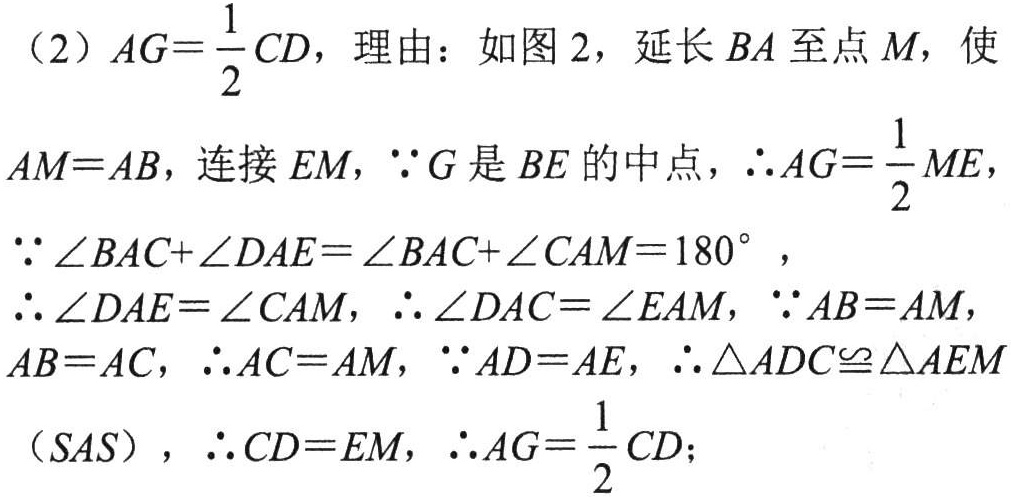
（2）$AG = \frac{1}{2}CD$，理由：如图 2，延长$BA$至点$M$，使

$AM = AB$，连接$EM$，$\because G$是$BE$的中点，$\therefore AG=\frac{1}{2}ME$，

$\because \angle BAC + \angle DAE=\angle BAC+\angle CAM = 180^{\circ}$，

$\therefore \angle DAE=\angle CAM$，$\therefore \angle DAC=\angle EAM$，$\because AB = AM$，

$AB = AC$，$\therefore AC = AM$，$\because AD = AE$，$\therefore \triangle ADC\cong\triangle AEM$

（$SAS$），$\therefore CD = EM$，$\therefore AG=\frac{1}{2}CD$；